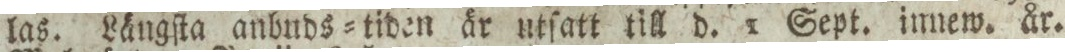
las. Längſta anbuds=tiden är utſatt till d. 1 Sept. innew. år.